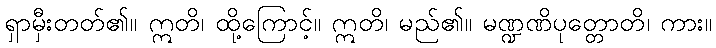
ရှာမှီးတတ်၏။ ဣတိ၊ ထို့ကြောင့်။ ဣတိ၊ မည်၏။ မဏ္ဍဏိပုတ္တောတိ၊ ကား။